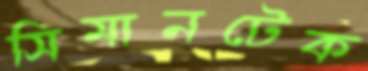
সিমানটেক